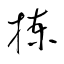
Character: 揀